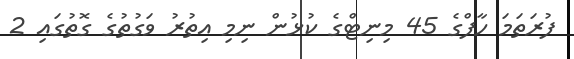
ފުރަތަމަ ހާފްގެ 45 މިނިޓްގެ ކުޅުން ނިމި އިތުރު ވަގުތުގެ ގޮތުގައި 2